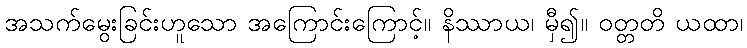
အသက်မွေးခြင်းဟူသော အကြောင်းကြောင့်။ နိဿာယ၊ မှီ၍။ ဝတ္တတိ ယထာ၊